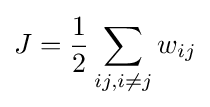
J={\frac {1}{2}}\sum _{ij,i\neq j}w_{ij}